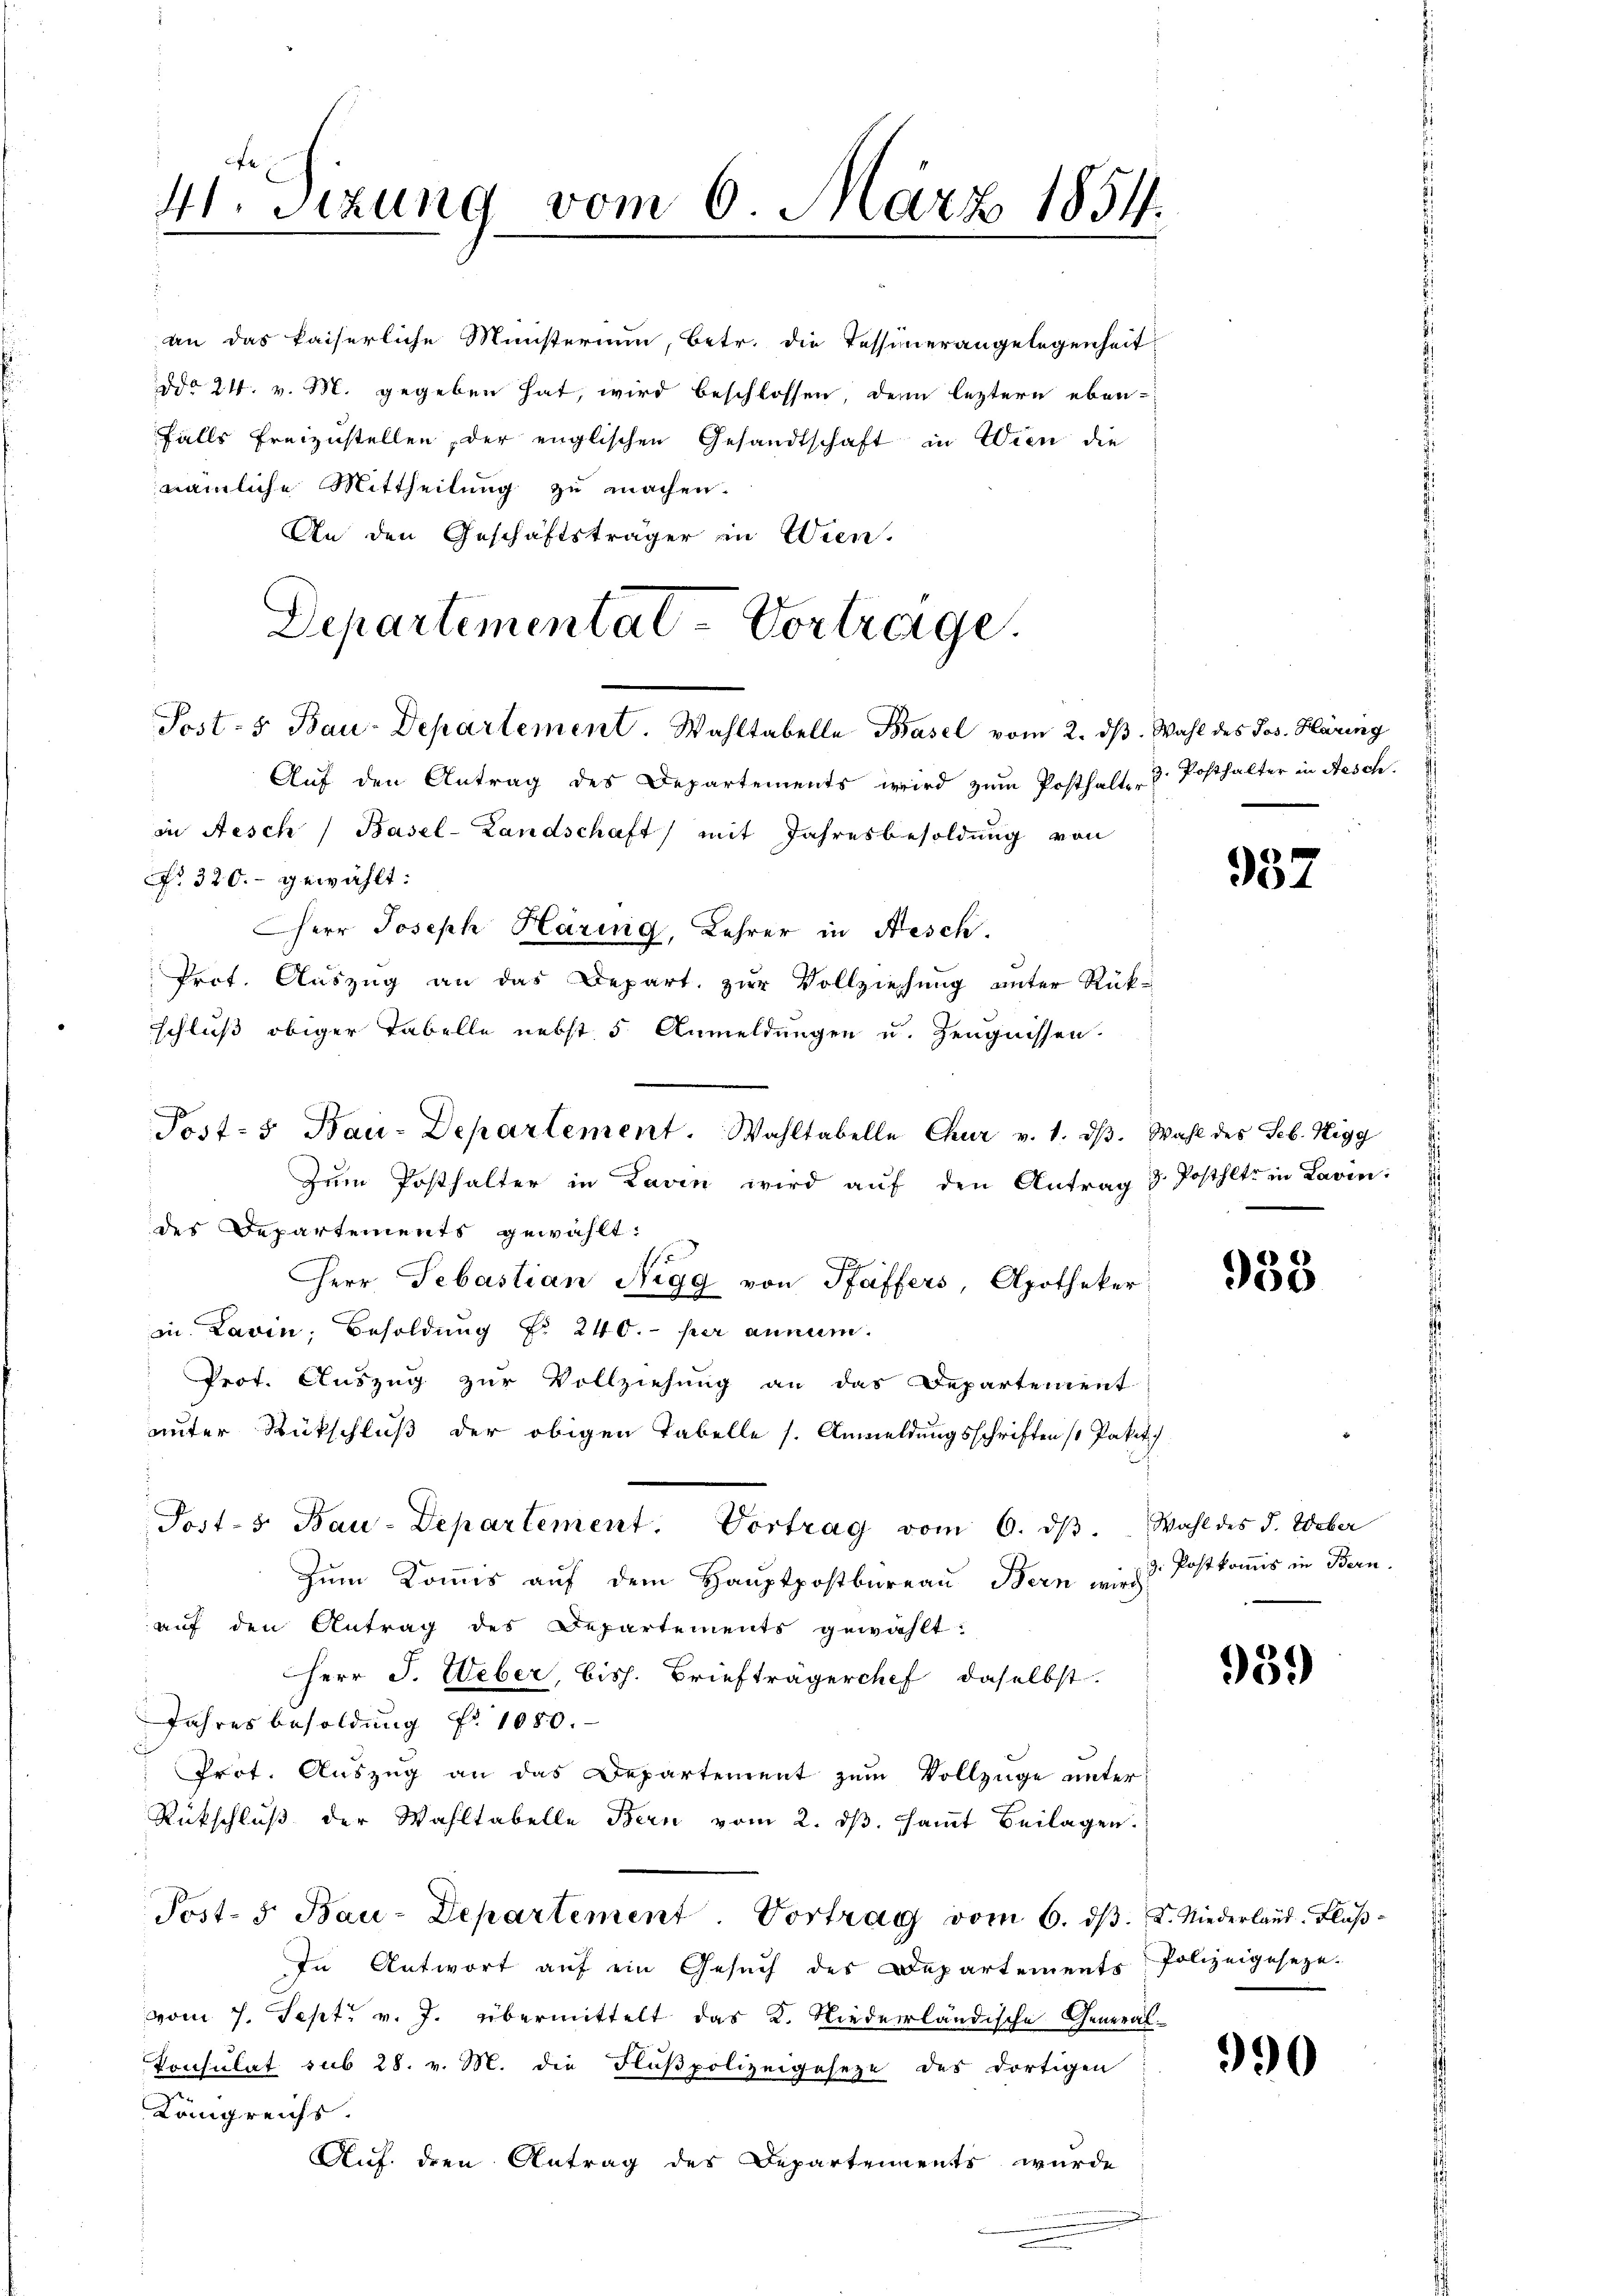
41. Sizung vom 6. März 1854.

an das kaiserliche Ministerium, betr. die Tessinerangelegenheit
ddo 24. v. M. gegeben hat, wird beschlossen, denn leztern eben-
falls freizustellen, der englischen Gesandtschaft in Wien die
nämliche Mittheilung zu machen.
An den Geschäftsträger in Wien.
Departementat-Vortrage

Post- & Bau-Departement. Wahltabelle Basel vom 2. dβ. Wahl des Jos. Kläring

Auf den Antrag des Departements wird zŭm Posthalt 3. Posthalter in Aesch.
in Aesch / Basel-Landschaft) mit Jahresbesoldung von
No 320.- gewählt:
Herr Joseph Häring, Lehrer in Nesch.
Prot. Auszug an das Depart. zur Vollziehung unter Rück-
schluß obiger Tabelle nebst 5 Anmeldungen u. Zeugnissen.
Post- u Bau-Departement. Wahltabelle Chur v. 1. dβ. Wahl des Seb. Nigg
Zum Posthalter in Laven wird aŭf den Antrag & Posthlte in Lavin:
des Departements gewählt:
Herr Sebastian Nigg von Pfaffers, Apotheker
mn. Lavin, Besoldŭng No 240.- per annum.
Prot. Auszug zur Vollziehung an das Departement
unter Rückschluß der obigen Tabelle s. Anmeldungsschriftens Paket
Post- 5. Bau-Departement. Vortrag vom 6. dβ. Wahl des d. Weber
Zum Kommis auf dem Hauptpostbureau Bern wird Postkomis in Bern.
auf den Antrag des Departements gewählt:
Herr J. Ueber, bish. Briefträgerchef daselbst.
Jahresbesoldung No 1050.
Ei
Prot. Aŭszŭg an das Departement zŭm Vollzüge unter
Rückschluß der Wahltabelle Bern vom 2. dβ. sammt Beilagen.
Post- 5. Bau-Departement Vortrag vom 6. ds. 2. Niederland, Fluß¬
In Antwort auf ein Gesŭch des Departements Polizeigeseze-
vom 7. Sept. v. J. übermittelt das K. Niederländische General-
Konsulat sub 28. v. M. die Flußpolizeigeseze des dortigen
Königreichs.
Auf den Antrag des Departements wurde

932

953

959

990